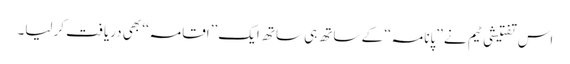
اس تفتیشی ٹیم نے ’’پانامہ‘‘ کے ساتھ ہی ساتھ ایک ’’اقامہ‘‘ بھی دریافت کرلیا۔